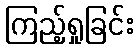
ကြည့်ရှုခြင်း